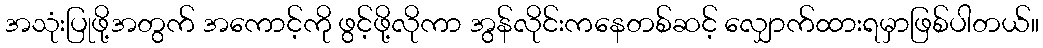
အသုံးပြုဖို့အတွက် အကောင့်ကို ဖွင့်ဖို့လိုကာ အွန်လိုင်းကနေတစ်ဆင့် လျှောက်ထားရမှာဖြစ်ပါတယ်။